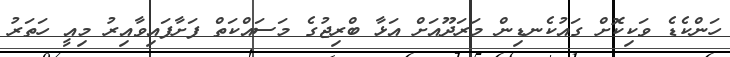
ހަންކެޑެ ވަކިކޮށް ގައުކެނޑިން މަރަދޫއަށް އަޅާ ބްރިޖުގެ މަސައްކަތް ފަށާފައިވާއިރު މިއީ ހަތަރު